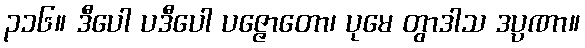
၃၁၆။ ဒီပေါ ပဒီပေါ ပဇ္ဇောတော၊ ပုမေ တွာဒါသ ဒပ္ပဏာ။